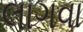
લાગવા